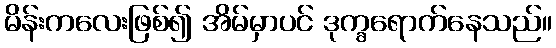
မိန်းကလေးဖြစ်၍ အိမ်မှာပင် ဒုက္ခရောက်နေသည်။